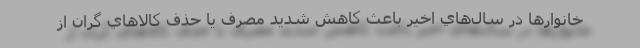
خانوارها در سال‌هاي اخير باعث كاهش شديد مصرف يا حذف كالاهاي گران از